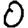
Digit: 0